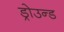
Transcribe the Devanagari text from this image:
ड्रोउन्ड